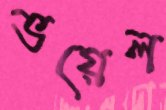
ভয়েল